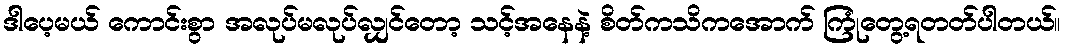
ဒါပေ့မယ် ကောင်းစွာ အလုပ်မလုပ်လျှင်တော့ သင့်အနေနဲ့ စိတ်ကသိကအောက် ကြုံတွေ့ရတတ်ပါတယ်။